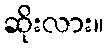
ဆိုးလား။